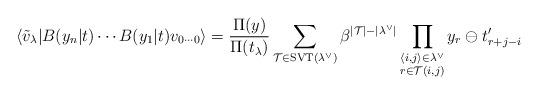
LaTeX: \begin{align*}\langle\tilde v_\lambda |B(y_{n}|t)\cdots B(y_{1}|t)v_{0\cdots 0}\rangle =\frac{\Pi (y)}{\Pi(t_{\lambda })}\sum_{\mathcal{T}\in \operatorname{SVT}(\lambda ^{\vee })}\beta ^{|\mathcal{T}|-|\lambda ^{\vee }|}\prod_{\substack{ \langle i,j\rangle \in\lambda ^{\vee } \\ r\in \mathcal{T}(i,j)}}y_{r}\ominus t_{r+j-i}^{\prime }\end{align*}